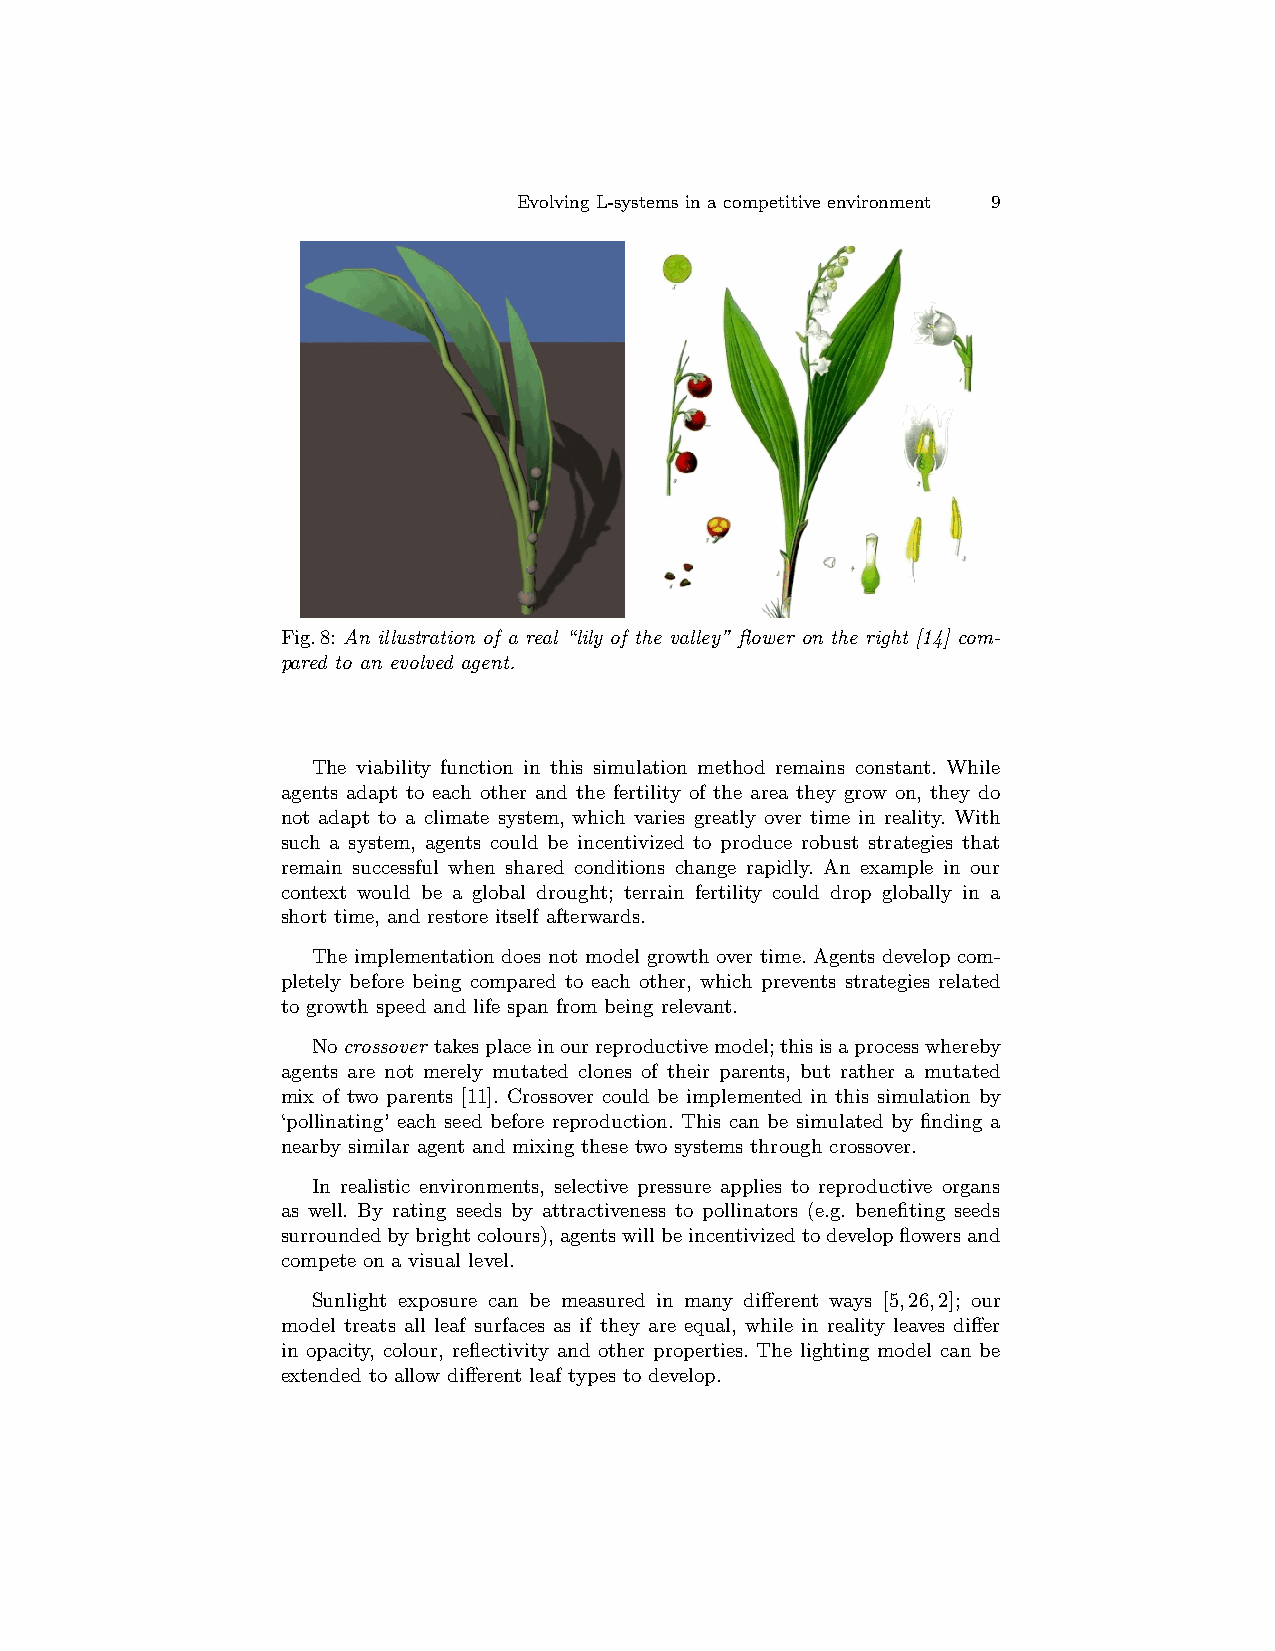
Evolving L-systems in a competitive environment 9
 Fig.8: An illustration of a real “lily of the valley” flower on the right [14] com-
 pared to an evolved agent.
 The viability function in this simulation method remains constant. While
 agents adapt to each other and the fertility of the area they grow on, they do
 not adapt to a climate system, which varies greatly over time in reality. With
 such a system, agents could be incentivized to produce robust strategies that
 remain successful when shared conditions change rapidly. An example in our
 context would be a global drought; terrain fertility could drop globally in a
 short time, and restore itself afterwards.
 The implementation does not model growth over time. Agents develop com-
 pletely before being compared to each other, which prevents strategies related
 to growth speed and life span from being relevant.
 Nocrossover takesplaceinourreproductivemodel;thisisaprocesswhereby
 agents are not merely mutated clones of their parents, but rather a mutated
 mix of two parents [11]. Crossover could be implemented in this simulation by
 ‘pollinating’ each seed before reproduction. This can be simulated by finding a
 nearby similar agent and mixing these two systems through crossover.
 In realistic environments, selective pressure applies to reproductive organs
 as well. By rating seeds by attractiveness to pollinators (e.g. benefiting seeds
 surroundedbybrightcolours),agentswillbeincentivizedtodevelopflowersand
 compete on a visual level.
 Sunlight exposure can be measured in many different ways [5,26,2]; our
 model treats all leaf surfaces as if they are equal, while in reality leaves differ
 in opacity, colour, reflectivity and other properties. The lighting model can be
 extended to allow different leaf types to develop.